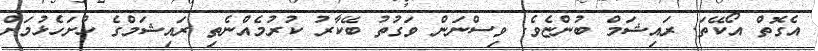
އެގޮތް އޯކޭތަ. ރައިޝަމް ބުންޏެވެ. ވިސްނަން ވަގުތު ބޭކާރު ކުރުމެއްނެތި ރައިޝަމްގެ ހުށަހެޅުމަށް